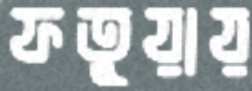
ফতুয়ায়